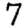
Digit: 7